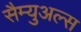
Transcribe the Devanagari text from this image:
सैम्युअल्स